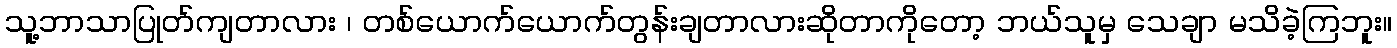
သူ့ဘာသာပြုတ်ကျတာလား ၊ တစ်ယောက်ယောက်တွန်းချတာလားဆိုတာကိုတော့ ဘယ်သူမှ သေချာ မသိခဲ့ကြဘူး။